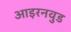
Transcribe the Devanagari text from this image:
आइरनवुड